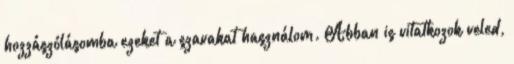
hozzászólásomba ezeket a szavakat használom. Abban is vitatkozok veled,